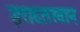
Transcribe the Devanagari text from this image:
इरादतखान